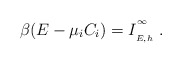
\begin{align*}\beta(E-\mu_{i}C_{i})=I_{\phantom{}_{E,h}}^{\phantom{}^\infty}\ .\end{align*}